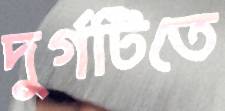
দুর্গটিতে